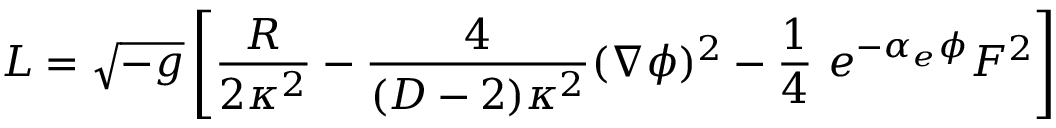
L = { \sqrt { - g } } \left[ { \frac { R } { 2 \kappa ^ { 2 } } } - { \frac { 4 } { ( D - 2 ) \kappa ^ { 2 } } } ( \nabla \phi ) ^ { 2 } - { \frac { 1 } { 4 } } \ e ^ { - \alpha _ { e } \phi } F ^ { 2 } \right]